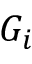
G _ { i }